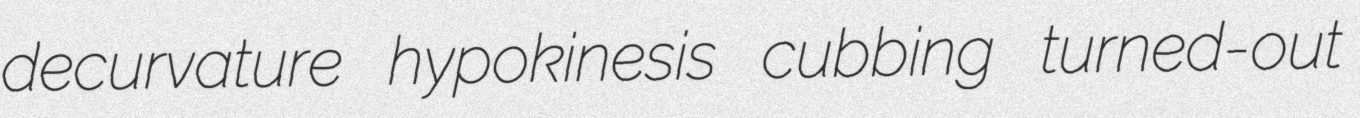
decurvature hypokinesis cubbing turned-out